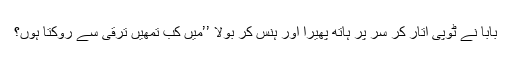
بابا نے ٹوپی اُتار کر سر پر ہاتھ پھیرا اور ہنس کر بولا ’’میں کب تمھیں ترقی سے روکتا ہوں؟